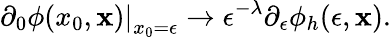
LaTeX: \left.\partial_{0}\phi(x_{0},{\mathbf x})\right|_{x_{0}=\epsilon}\to\epsilon^{-\lambda}\partial_{\epsilon}\phi_{h}(\epsilon,{\mathbf x}).